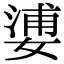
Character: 㜑